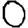
Digit: 0